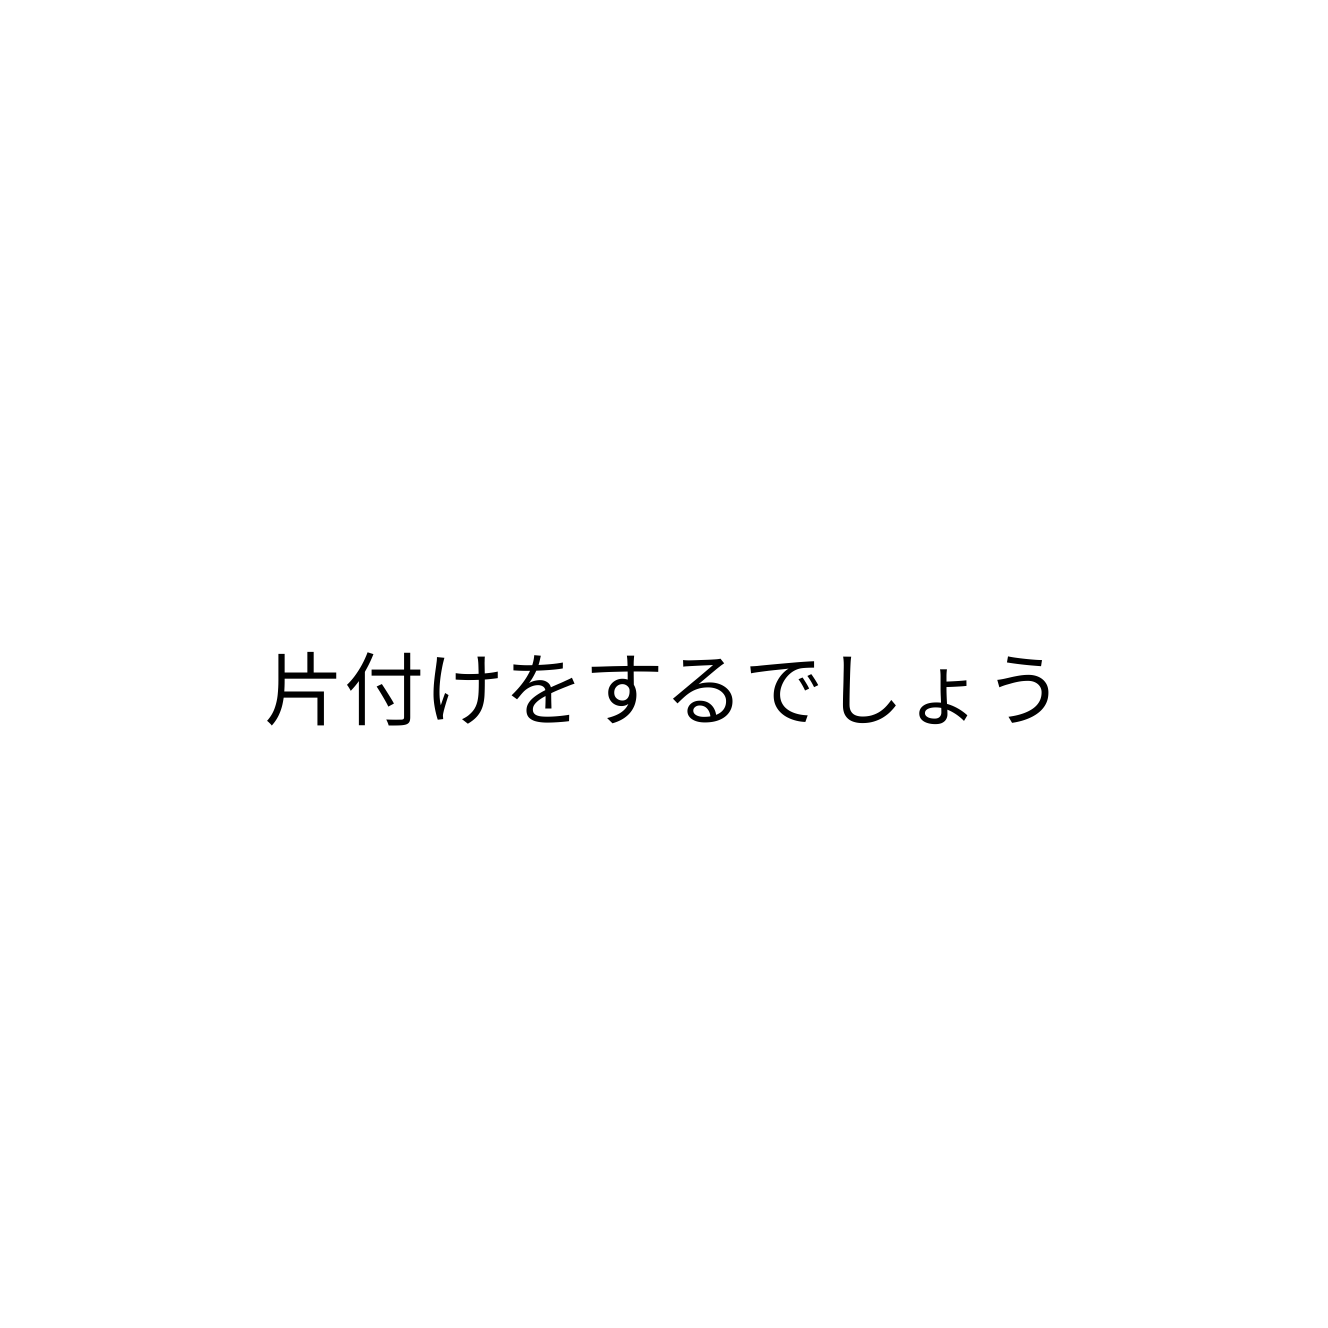
片付けをするでしょう